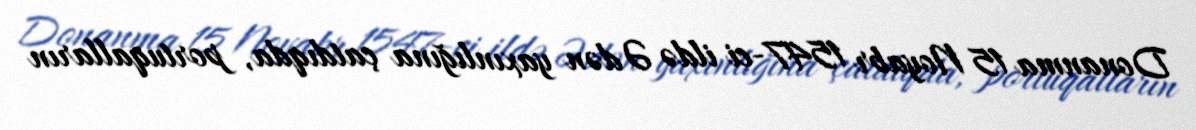
Donanma 15 Noyabr 1547-ci ildə Ədən yaxınlığına çatdıqda, portuqalların